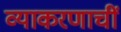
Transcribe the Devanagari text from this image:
व्याकरणाचीं